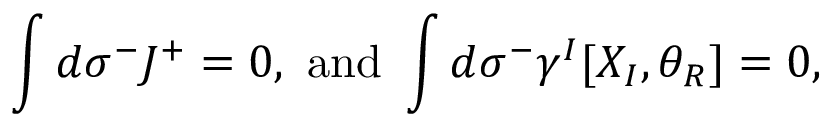
\int d \sigma ^ { - } J ^ { + } = 0 , \mathrm { ~ a n d ~ } \int d \sigma ^ { - } \gamma ^ { I } [ X _ { I } , \theta _ { R } ] = 0 ,